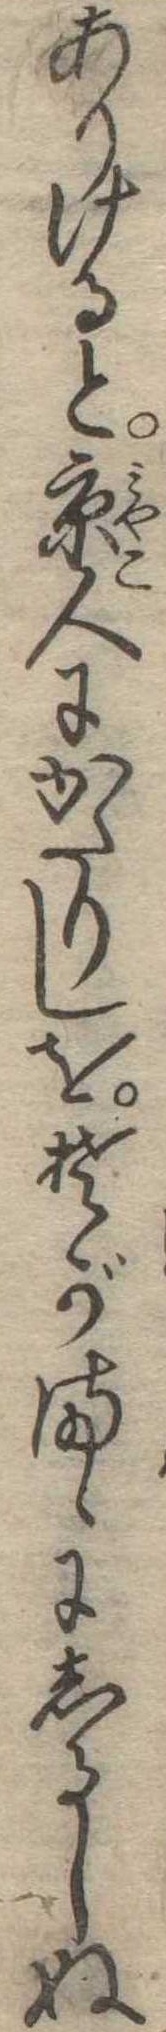
ありけると京人にかたりしをそがまゝにしるしぬ